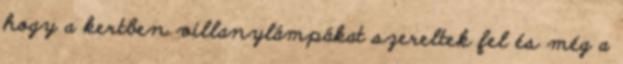
hogy a kertben villanylámpákat szereltek fel és még a